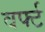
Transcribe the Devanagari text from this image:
वर्फ्ट